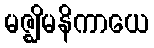
မဇ္ဈိမနိကာယေ